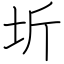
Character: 圻